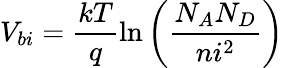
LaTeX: V_{bi}=\frac{kT}{q}\ln{\left(\frac{N_{A}N_{D}}{ni^{2}}\right)}